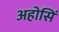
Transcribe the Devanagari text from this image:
अहोसिं